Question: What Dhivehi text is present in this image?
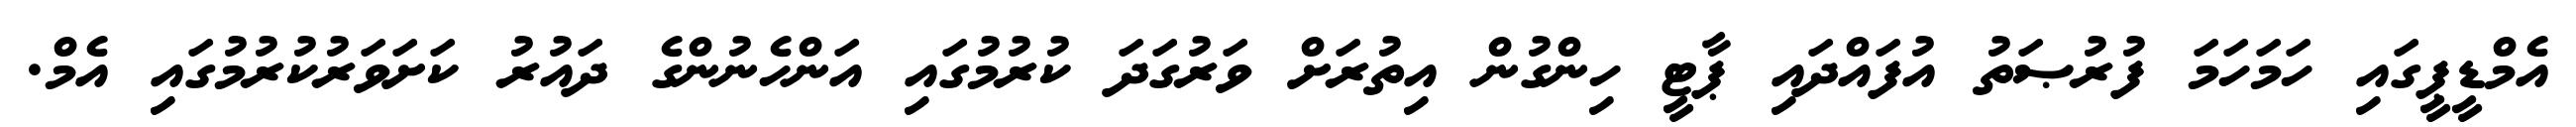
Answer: އެމްޑީޕީގައި ހަމަހަމަ ފުރުޞަތު އުފައްދައި ޕާޓީ ހިންގުން އިތުރަށް ވަރުގަދަ ކުރުމުގައި އަންހެނުންގެ ދައުރު ކަށަވަރުކުރުމުގައި އެމް.